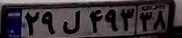
۲۹ل۴۹۳۳۸